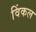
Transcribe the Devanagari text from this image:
विंकल